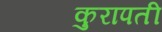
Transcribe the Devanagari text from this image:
कुरापती